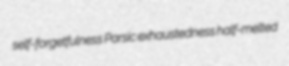
self-forgetfulness Parsic exhaustedness half-melted